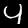
Digit: 4